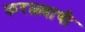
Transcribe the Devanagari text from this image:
करळ्याची